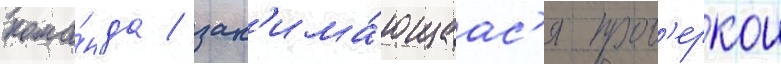
кома́нда / зан'има́ющаас'я пров'еркои